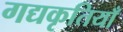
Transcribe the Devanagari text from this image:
गद्यकृतियाँ